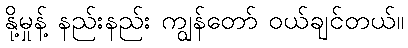
နို့မှုန့် နည်းနည်း ကျွန်တော် ဝယ်ချင်တယ်။